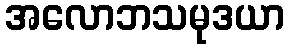
အလောဘသမုဒယာ